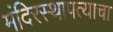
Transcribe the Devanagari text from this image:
मंदिरस्थापत्याचा